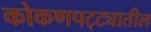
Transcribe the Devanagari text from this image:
कोकणपट्ट्यातील